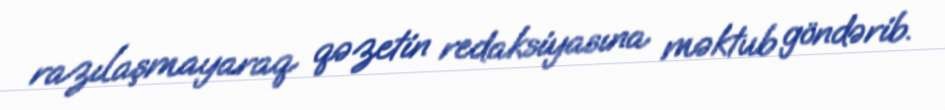
razılaşmayaraq qəzetin redaksiyasına məktub göndərib.